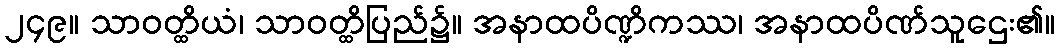
၂၄၉။ သာဝတ္ထိယံ၊ သာဝတ္ထိပြည်၌။ အနာထပိဏ္ဍိကဿ၊ အနာထပိဏ်သူဌေး၏။